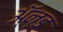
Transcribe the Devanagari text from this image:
ॲ्न्ड